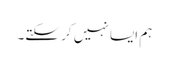
ہم ایسا نہیں کر سکتے۔